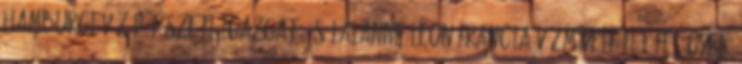
hamburgi vízépítészeti igazgató és Lalanne Leon francia vízműveleti fõfelügyelõ